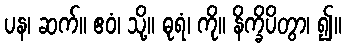
ပန၊ ဆက်။ ဧဝံ၊ သို့။ ဓုရံ၊ ကို။ နိက္ခိပိတွာ၊ ၍။